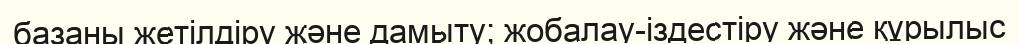
базаны жетілдіру және дамыту; жобалау-іздестіру және құрылыс